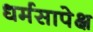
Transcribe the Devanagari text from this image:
धर्मसापेक्ष